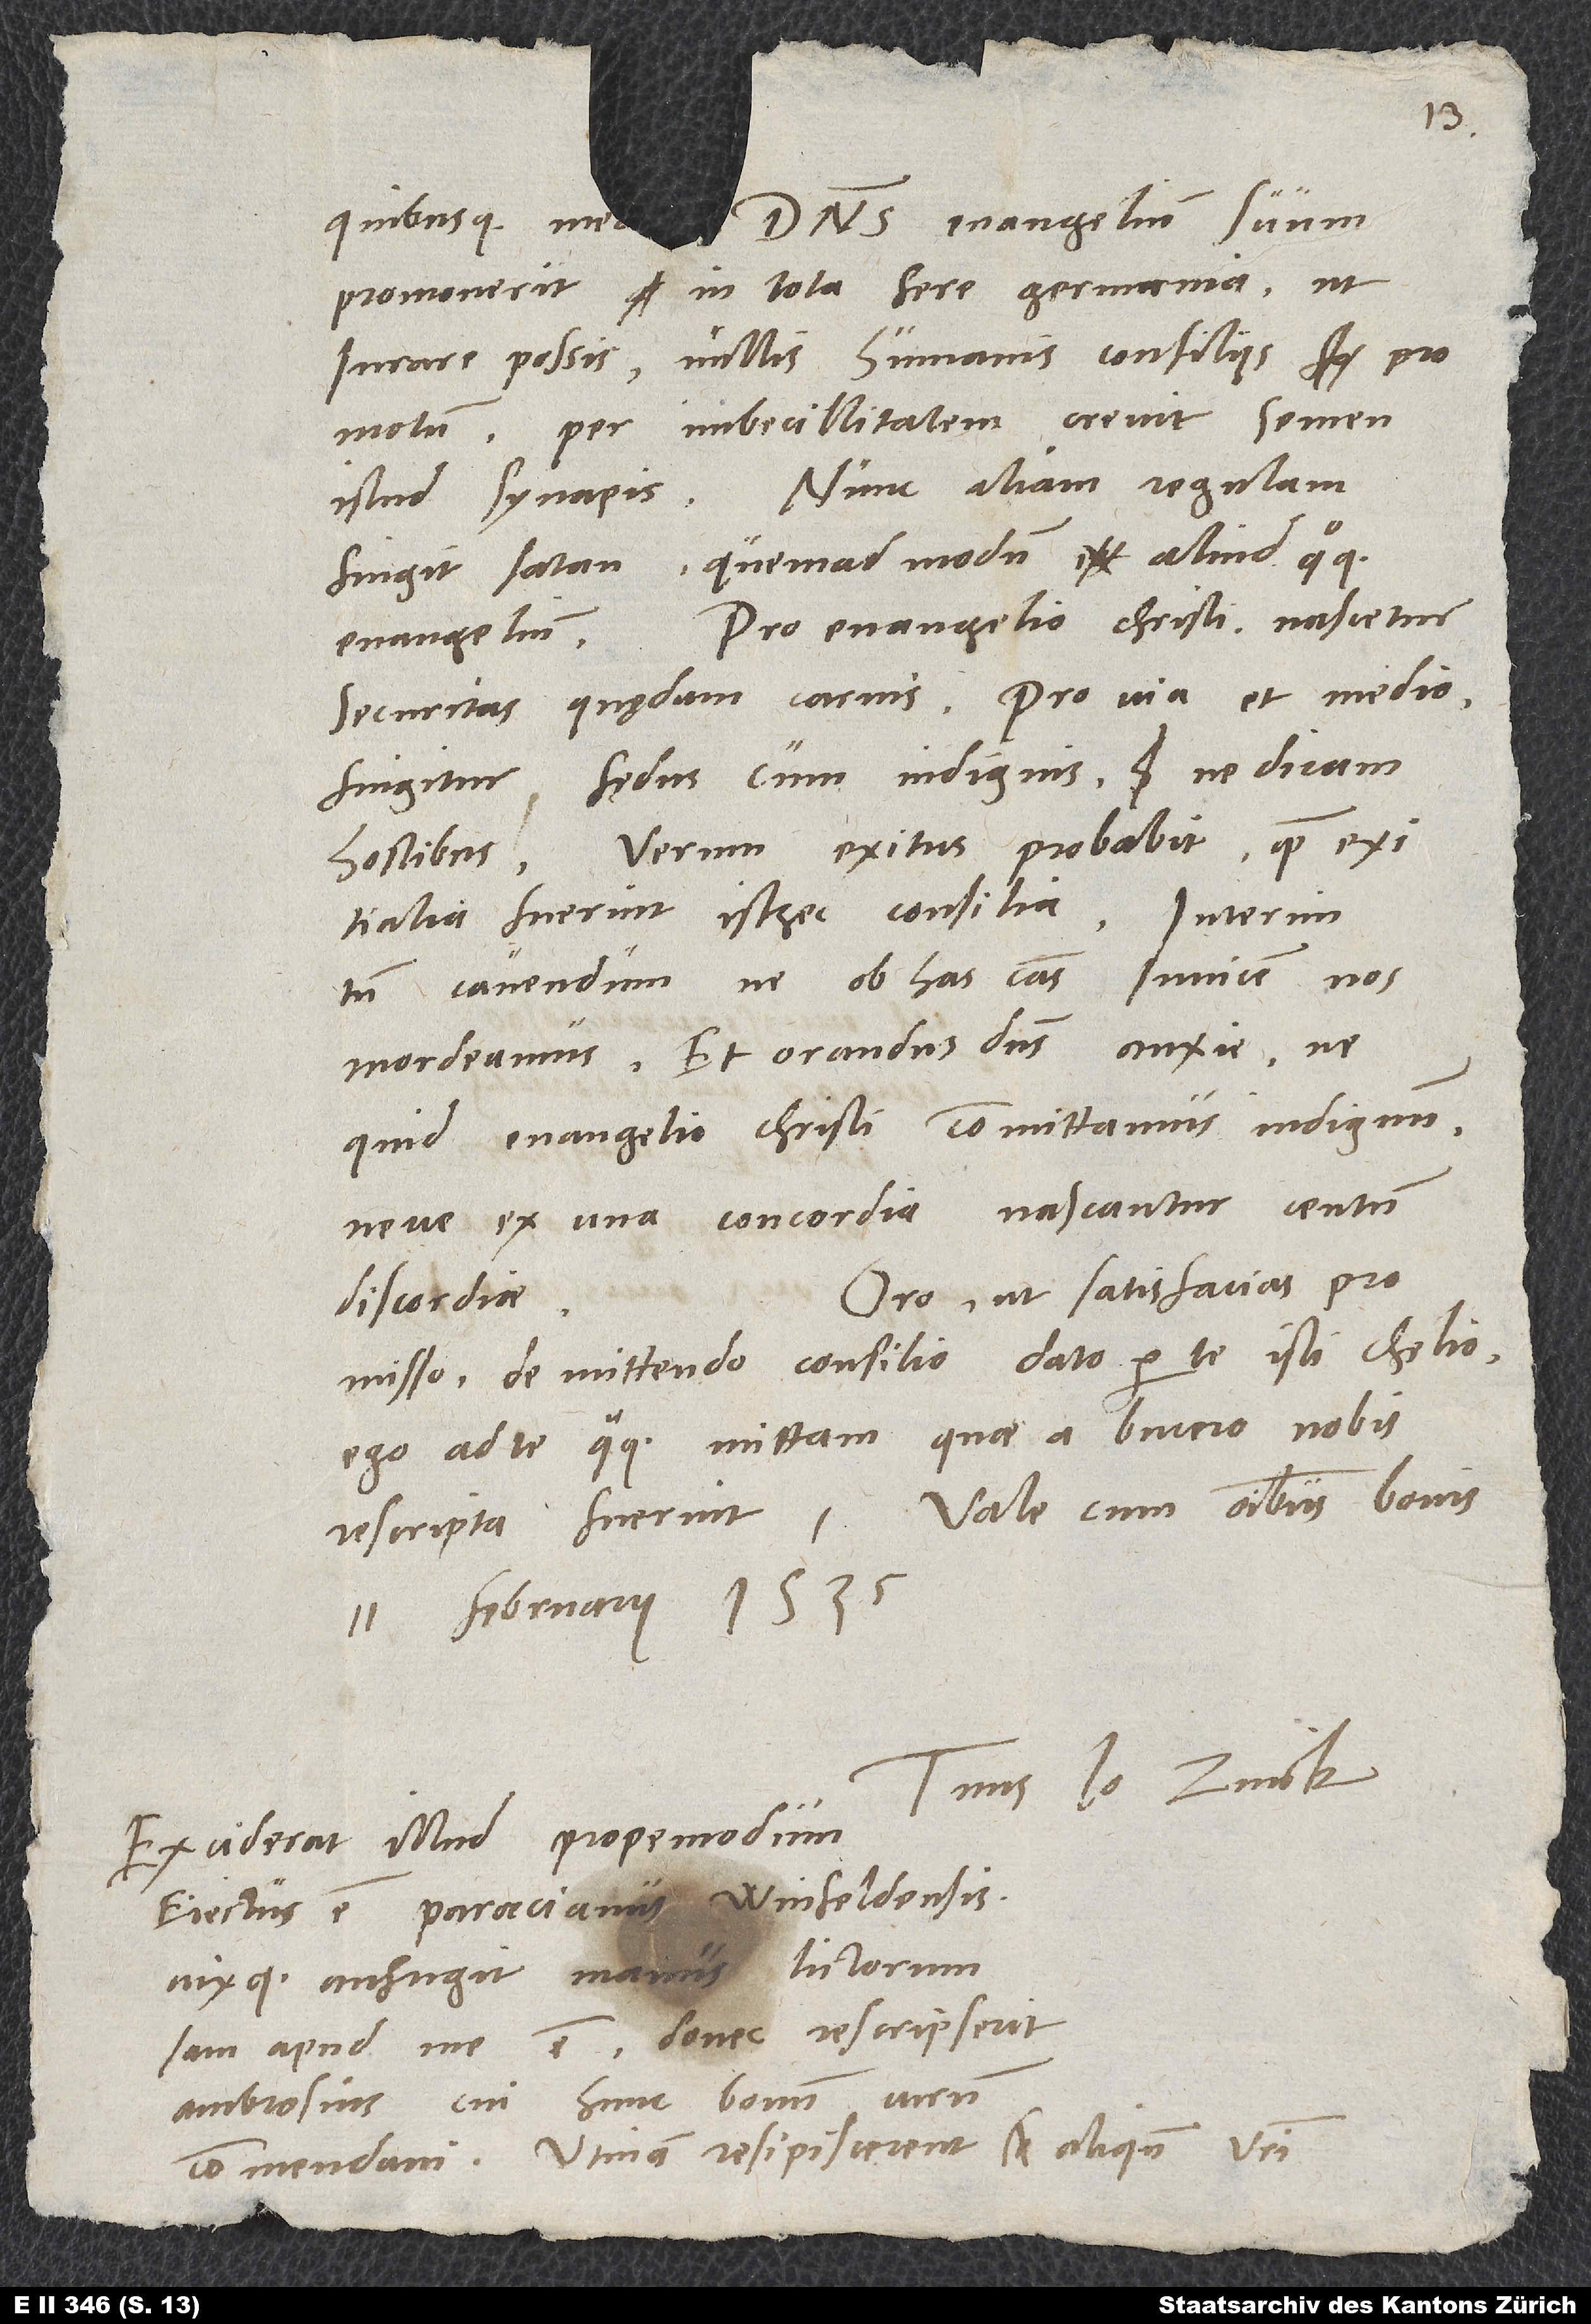
quibusque me dominus evangelium suum
promoverit in tota fere Germania, ut
iurare possis, nullis humanis consiliis promotum;
per imbecillitatem crevit semen
istud synapis. Nunc aliam regulam
fingit satan, quemadmodum aliud quoque
evangelium. Pro evangelio Christi nascetur
securitas quędam carnis. Pro via et medio
fingitur fędus cum indignis, ne dicam
hostibus. Verum exitus probabit, quam exitialia
fuerint isthęc consilia. Interim
tamen cavendum, ne ob has causas invicem nos
mordeamus, et orandus dominus anxie, ne
quid evangelio Christi committamus indignum
neve ex una concordia nascantur centum
Oro, ut satisfacias
discordiae.
promisso de mittendo consilio dato per te isti Chelio.
Ego ad te quoque mittam, quae a Bucero nobis
11. februarii 1535.
Io. Zvick.
Exciderat illud propemodum:
Eiectus est parrocianus Winfeldensis
vixque aufugit manus lictorum.
Iam apud me est, donec rescripserit
Ambrosius, cui hunc bonum virum
commendavi. Utinam resipiscerent aliquando vestri!